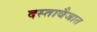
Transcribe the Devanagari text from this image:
दस्तावैजात